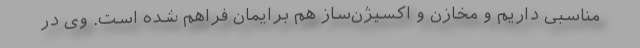
مناسبی داریم و مخازن و اکسیژن‌ساز هم برایمان فراهم شده است. وی در